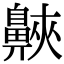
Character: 𪖨